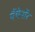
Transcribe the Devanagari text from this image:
पैंथेनॉर